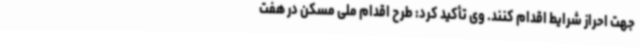
جهت احراز شرایط اقدام کنند. وی تأکید کرد: طرح اقدام ملی مسکن در هفت